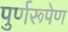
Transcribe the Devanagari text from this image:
पुर्णरूपेण